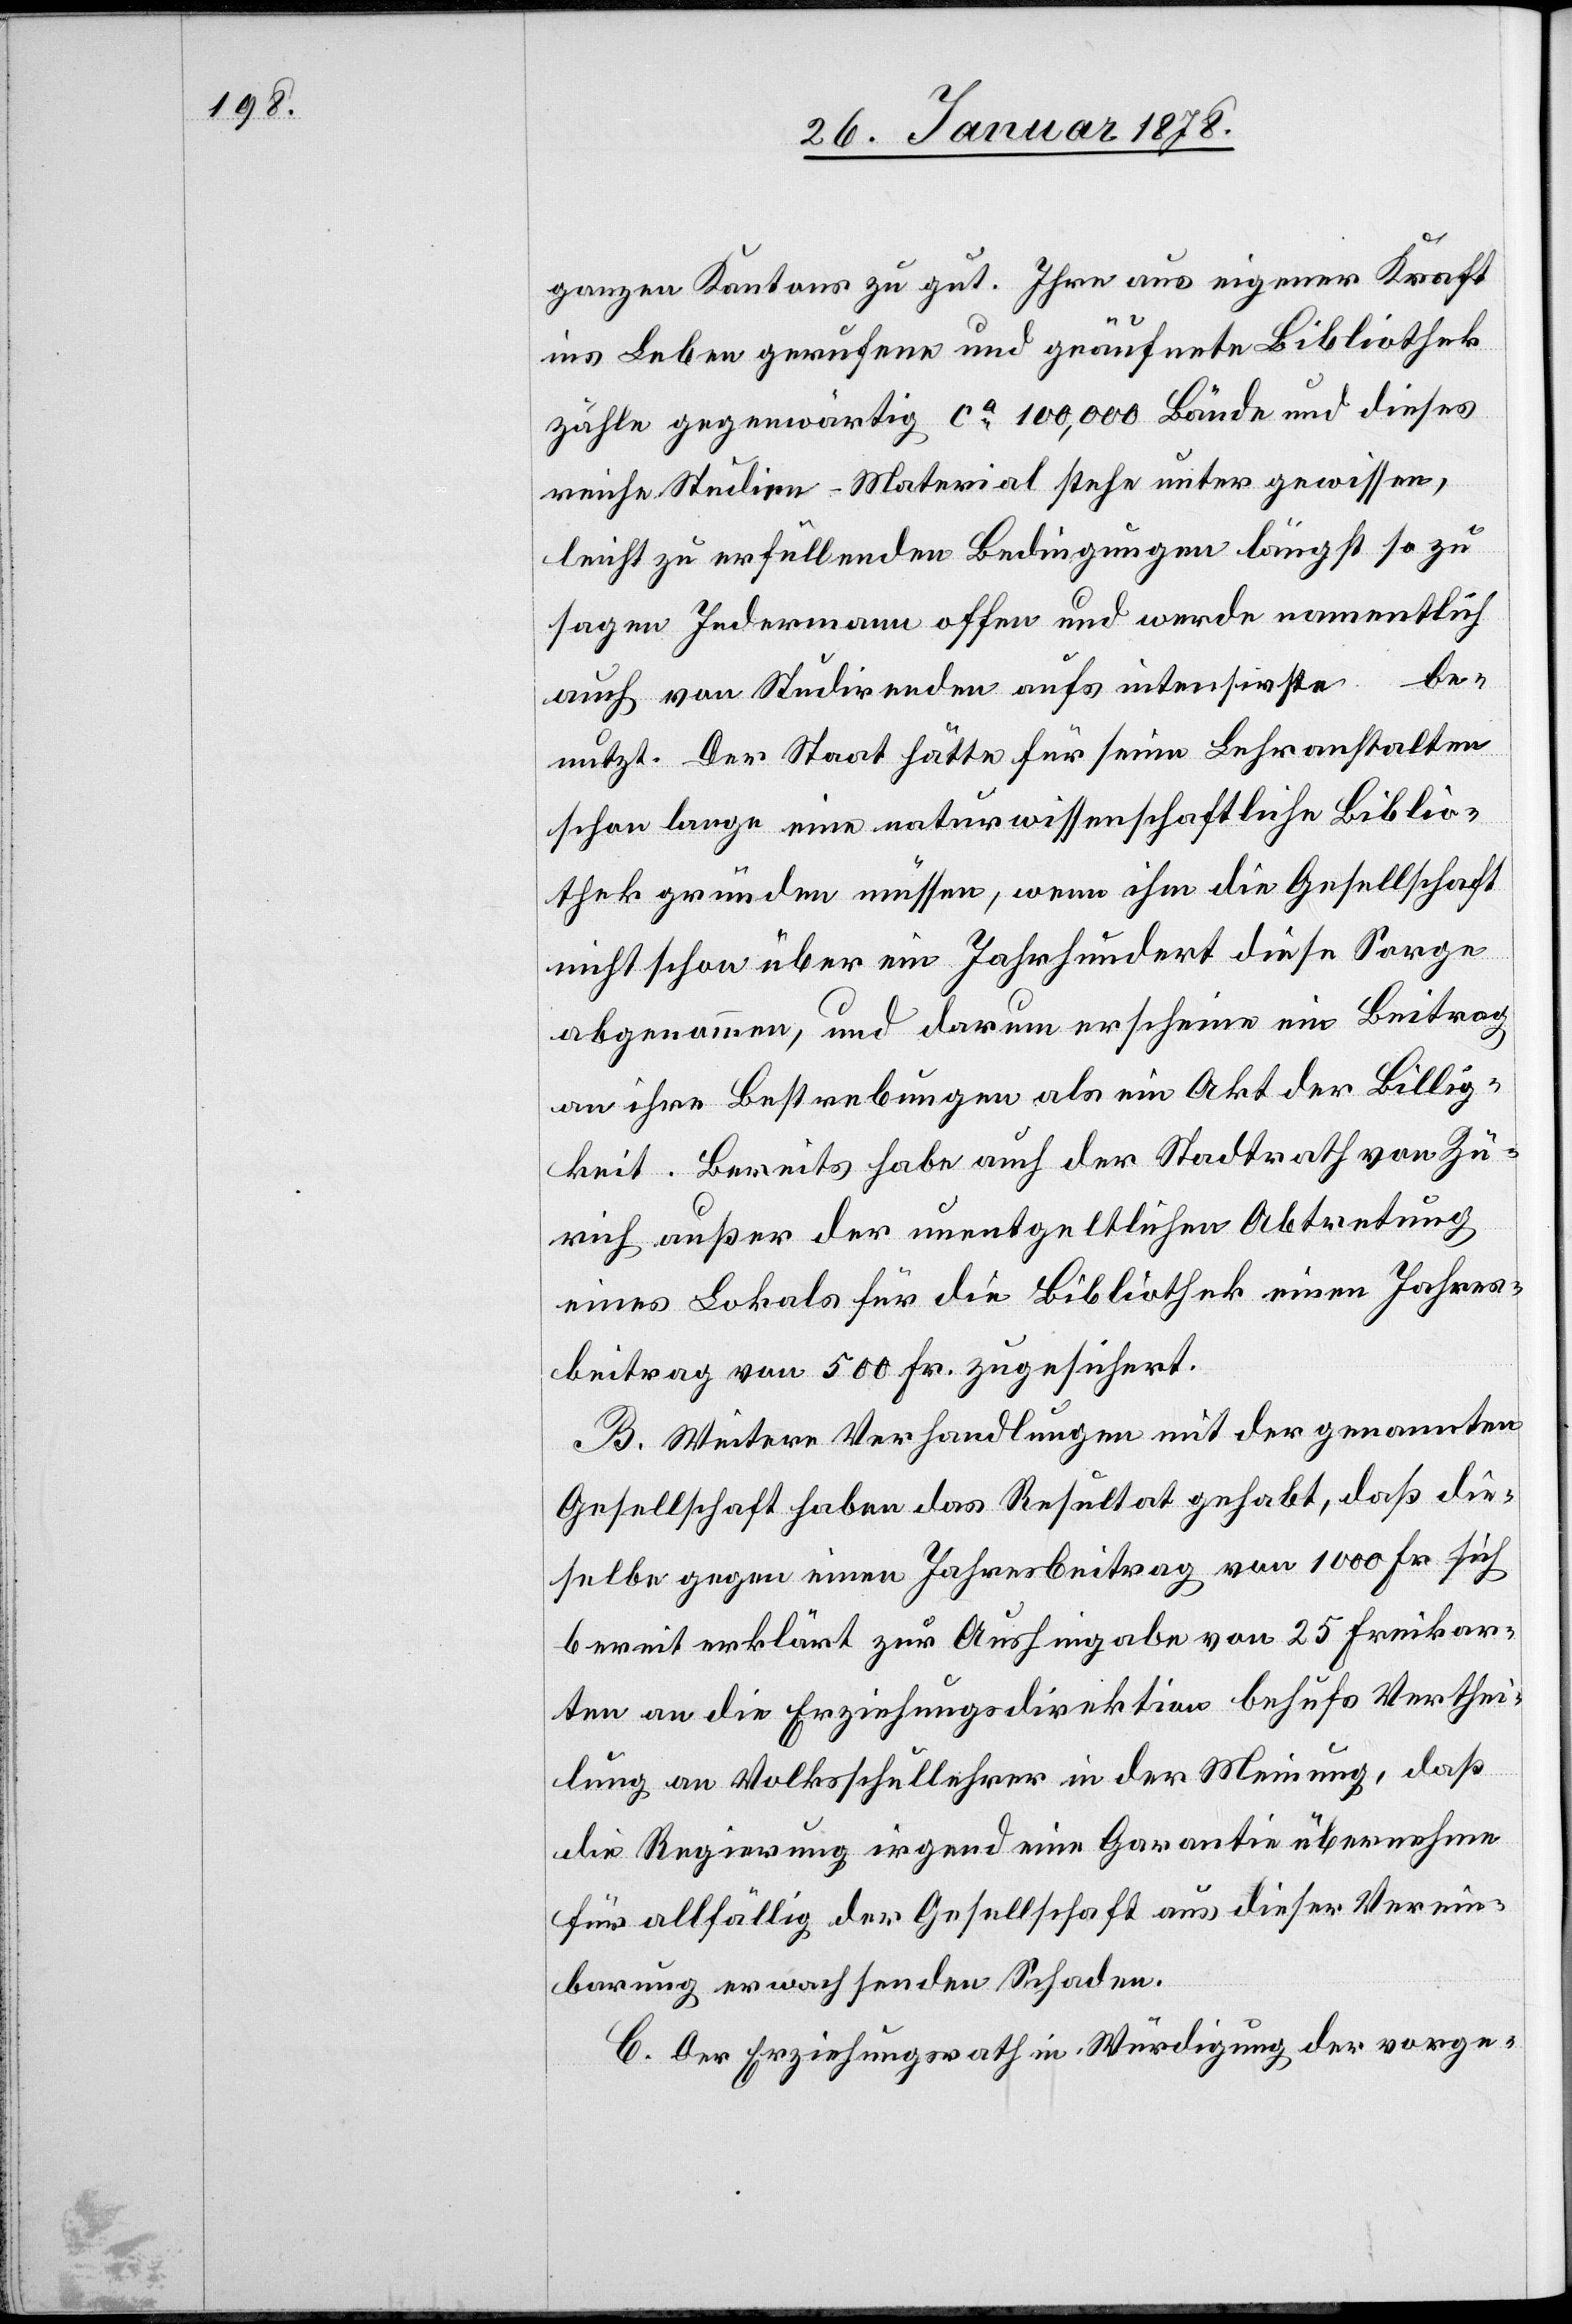
ganzen Kantons zu gut. Ihre aus eigener Kraft
ins Leben gerufene und geäufnete Bibliothek
zähle gegenwärtig ca 100,000 Bände und dieses
reiche Studien-Material stehe unter gewissen,
leicht zu erfüllenden Bedingungen längst so zu
sagen Jedermann offen und werde namentlich
auch von Studirenden aufs intensivste be¬
nutzt. Der Staat hätte für seine Lehranstalten
schon lange eine naturwissenschaftliche Biblio¬
thek gründen müssen, wenn ihm die Gesellschaft
nicht schon über ein Jahrhundert diese Sorge
abgenommen, und darum erscheine ein Beitrag
an ihre Bestrebungen als ein Akt der Billig¬
keit. Bereits habe auch der Stadtrath von Zü¬
rich außer der unentgeltlichen Abtretung
eines Lokals für die Bibliothek einen Jahres¬
beitrag von 500 Fr. zugesichert.
B. Weitere Verhandlungen mit der genannten
Gesellschaft haben das Resultat gehabt, daß die¬
selbe gegen einen Jahresbeitrag von 1000 Fr. sich
bereit erklärt zur Aushingabe von 25 Freikar¬
ten an die Erziehungsdirektion behufs Verthei¬
lung an Volkshochschullehrer in der Meinung, daß
die Regierung irgend eine Garantie übernehme
für allfällig der Gesellschaft aus dieser Verein¬
barung erwachsenden Schaden.
C. Der Erziehungsrath in Würdigung der vorge-